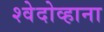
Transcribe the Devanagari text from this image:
श्वेदोव्हाना